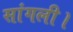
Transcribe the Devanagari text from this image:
सांगली।